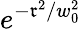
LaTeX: e^{-\mathfrak{r}^{2}/w_{0}^{2}}